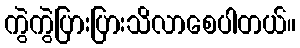
ကွဲကွဲပြားပြားသိလာစေပါတယ်။